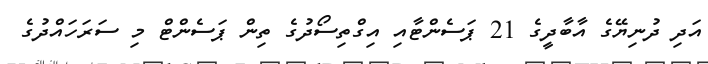
އަދި ދުނިޔޭގެ އާބާދީގެ 21 ޕަސެންޓާއި އިގްތިސޯދުގެ ތިން ޕަސެންޓް މި ސަރަހައްދުގެ